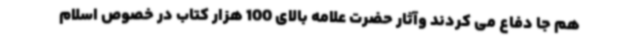
هم جا دفاع می کردند وآثار حضرت علامه بالای 100 هزار کتاب در خصوص اسلام